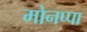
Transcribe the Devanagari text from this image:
मोनप्पा